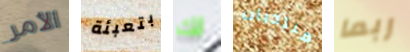
الأمر بتعبئة لك منتديات ربما